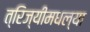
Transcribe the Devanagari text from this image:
त्रिज्यीमधल्या